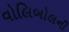
વોલિબોલની